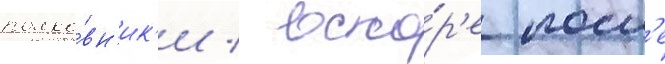
полко́вн'ик'и / вско́р'е посл'е